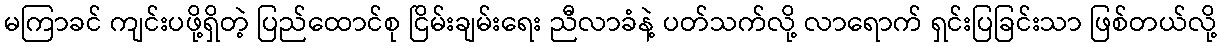
မကြာခင် ကျင်းပဖို့ရှိတဲ့ ပြည်ထောင်စု ငြိမ်းချမ်းရေး ညီလာခံနဲ့ ပတ်သက်လို့ လာရောက် ရှင်းပြခြင်းသာ ဖြစ်တယ်လို့